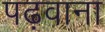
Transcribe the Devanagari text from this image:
पढ़वाना